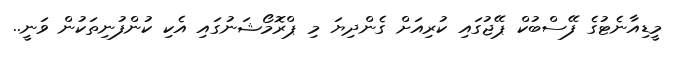
މީޑިއާނެޓުގެ ފޭސްބުކް ޕޭޖުގައި ކުރިއަށް ގެންދިޔަ މި ޕްރޮމޯޝަނުގައި އެކި ކުންފުނިތަކުން ވަނީ..